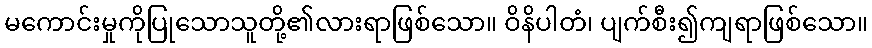
မကောင်းမှုကိုပြုသောသူတို့၏လားရာဖြစ်သော။ ဝိနိပါတံ၊ ပျက်စီး၍ကျရာဖြစ်သော။